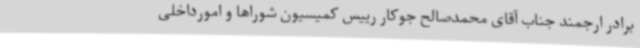
برادر ارجمند جناب آقای محمدصالح جوکار رییس کمیسیون شوراها و امورداخلی